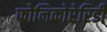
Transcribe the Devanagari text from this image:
फोनिकोप्टेरिडी